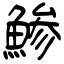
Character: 鯵